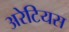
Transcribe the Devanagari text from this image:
अरेटियस